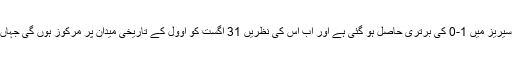
اس فتح کی بدولت دو مقابلوں کے بعد جنوبی افریقہ کو سیریز میں 1-0 کی برتری حاصل ہو گئی ہے اور اب اس کی نظریں 31 اگست کو اوول کے تاریخی میدان پر مرکوز ہوں گی جہاں فتح اسے سیریز میں ناقابل شکست برتری دلا دے گی۔